Riigikantselei, lk 28
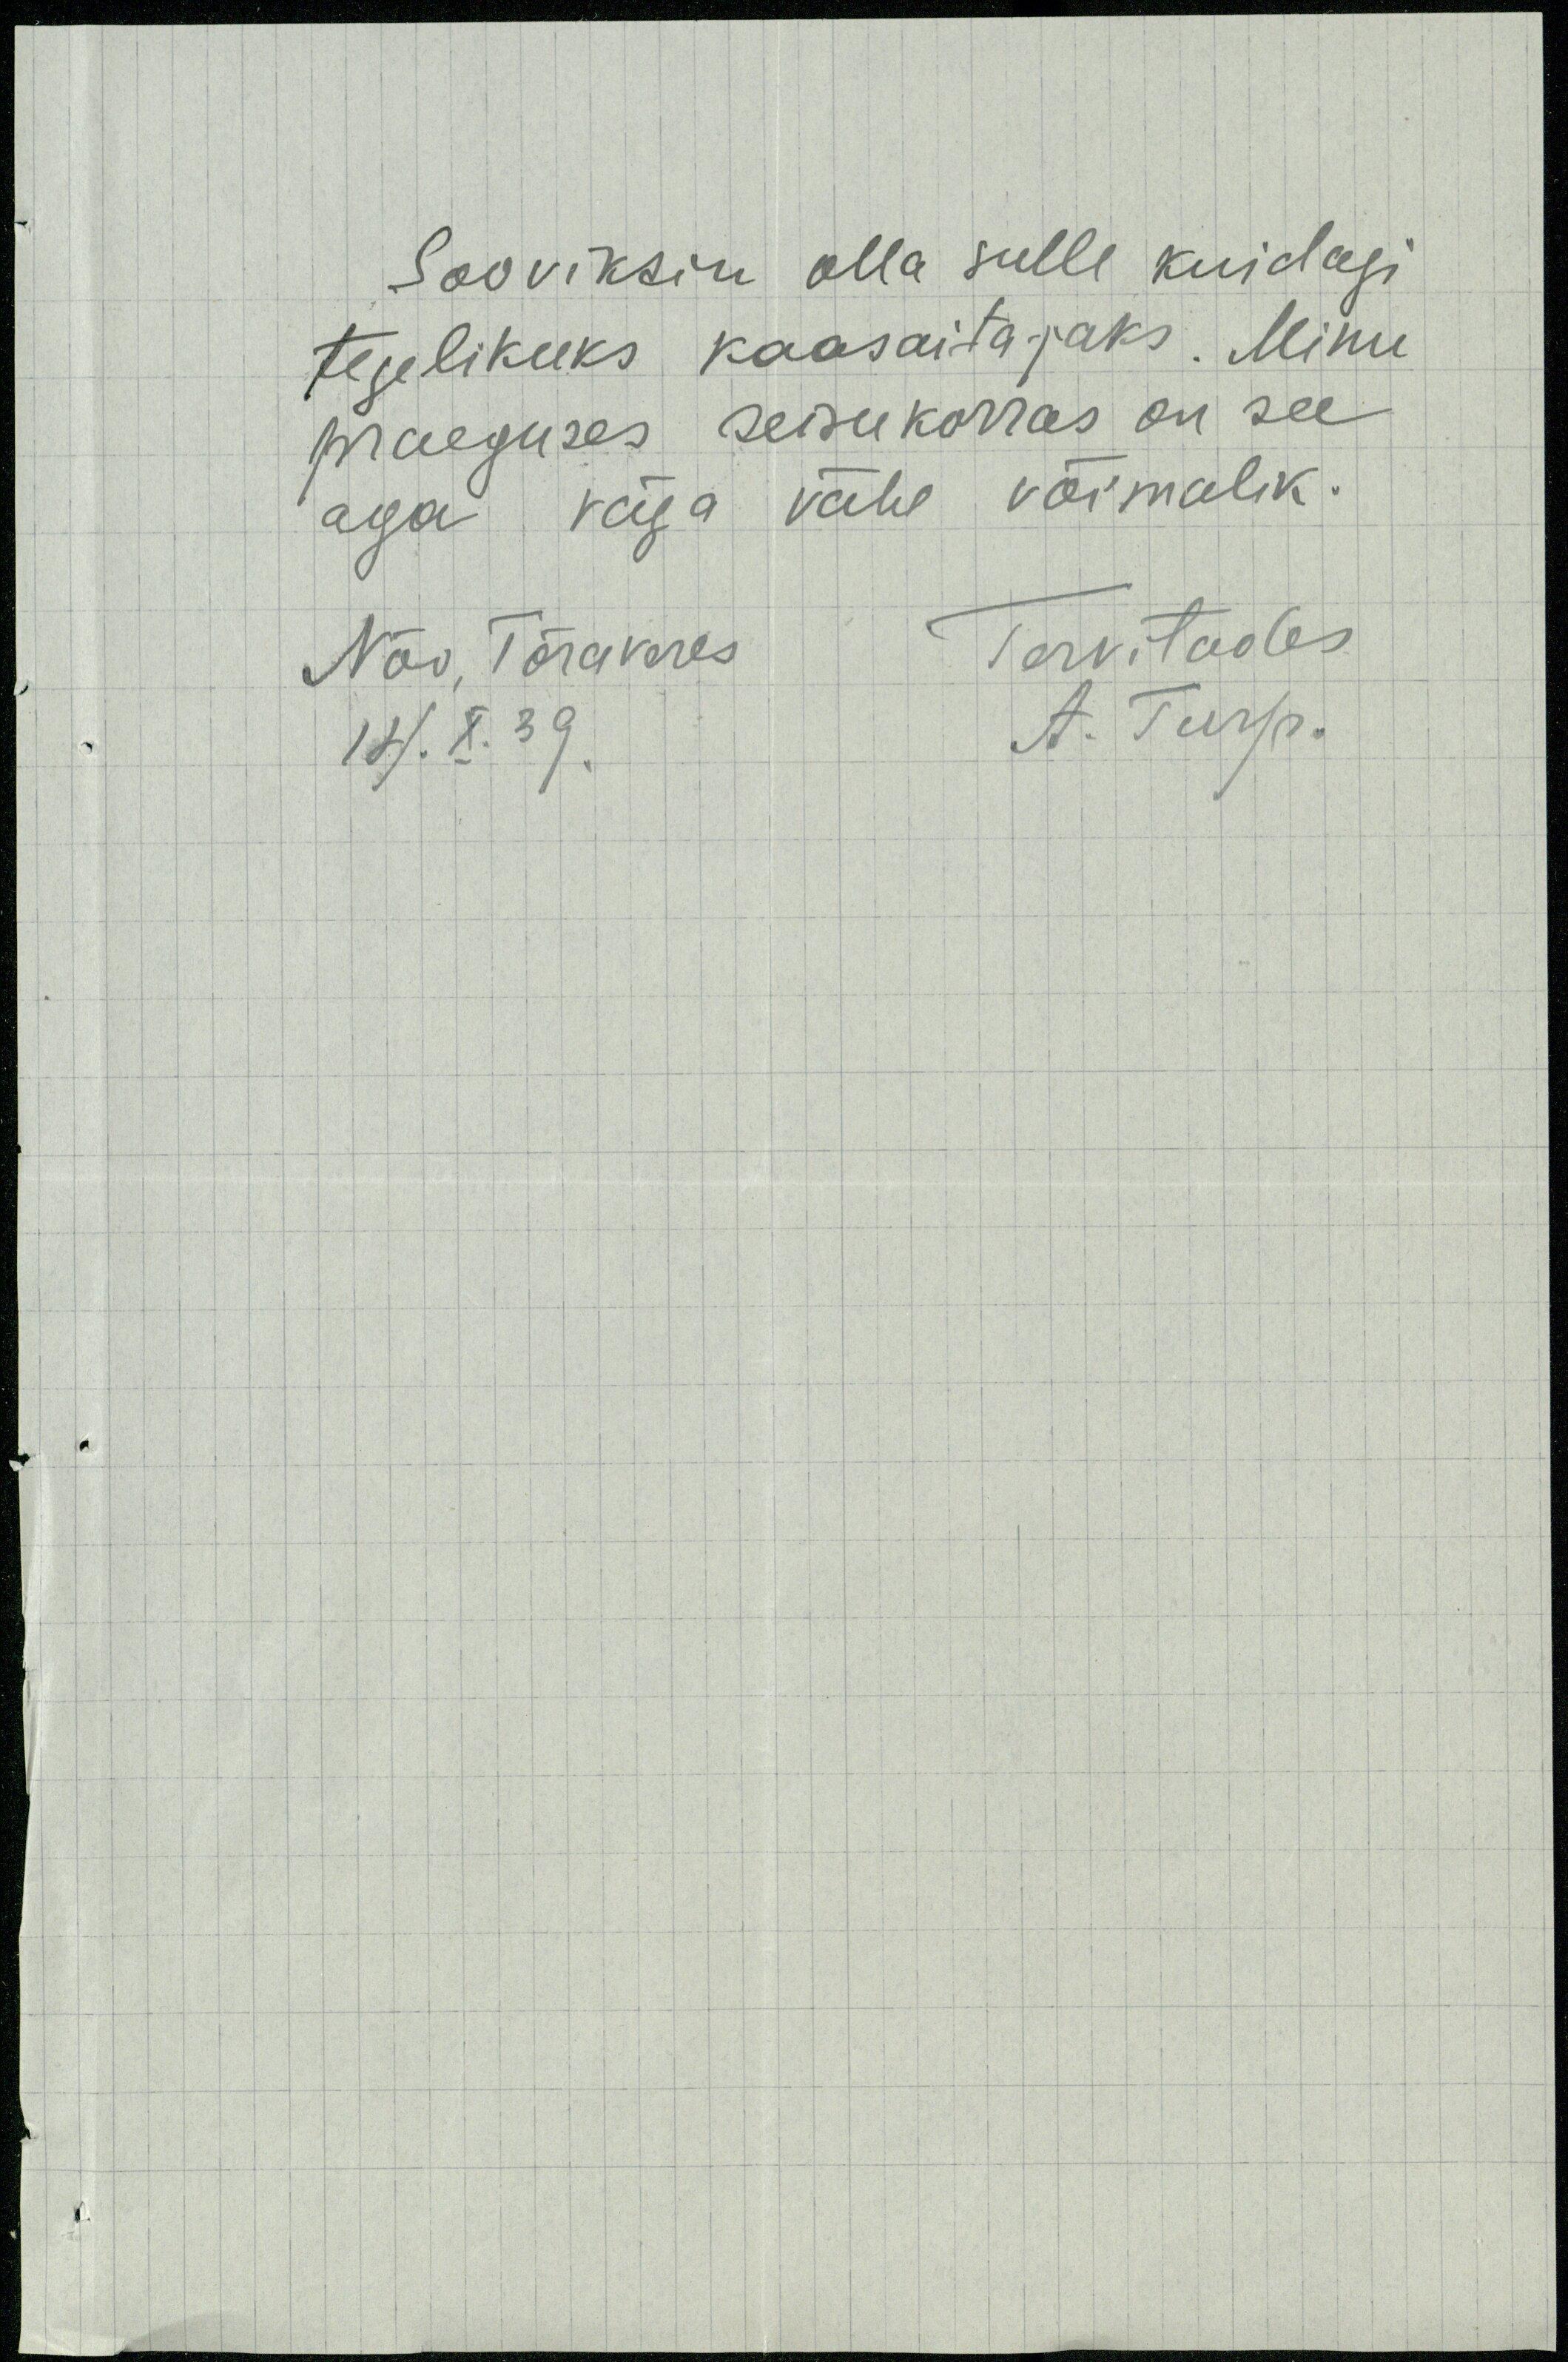
Sooviksin olla sulle kuidagi
tegelikuks kaasaitajaks. Minu
praeguses seisukorras on see
aga väga vähe võimalik.
Nõo, Tõraveres
Tervitades
14.X.39.
A. Turp.